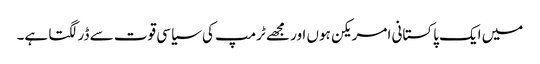
میں ایک پاکستانی امریکن ہوں اور مجھے ٹرمپ کی سیاسی قوت سے ڈر لگتا ہے۔